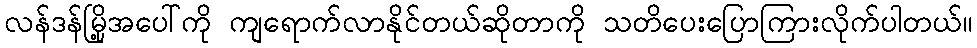
လန်ဒန်မြို့အပေါ်ကို ကျရောက်လာနိုင်တယ်ဆိုတာကို သတိပေးပြောကြားလိုက်ပါတယ်။